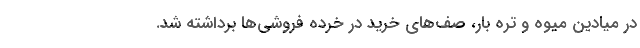
در میادین میوه و تره بار، صف‌های خرید در خرده فروشی‌ها برداشته شد.